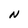
Character: N